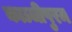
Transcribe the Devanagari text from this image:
काञ्चीपुरम